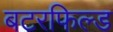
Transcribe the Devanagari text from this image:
बटरफिल्ड